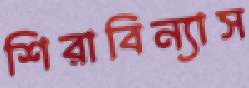
শিরাবিন্যাস